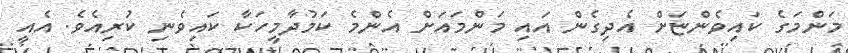
މަންމަގެ ކައިވެންޏަށް އެދިގެން އައި މަންމައަށް އެންމެ ކަމުދާމީހަކާ ކައިވެނި ކުރިއެވެ. އެއީ